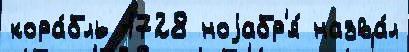
кора́бль 1728 ноjабр'я́ назва́л